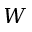
W